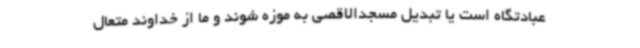
عبادتگاه است یا تبدیل مسجدالاقصی به موزه شوند و ما از خداوند متعال